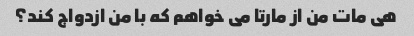
هی مات من از مارتا می خواهم که با من ازدواج کند؟